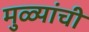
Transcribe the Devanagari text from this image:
मुळ्यांची